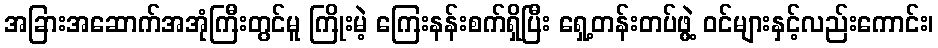
အခြားအဆောက်အအုံကြီးတွင်မူ ကြိုးမဲ့ ကြေးနန်းစက်ရှိပြီး ရှေ့တန်းတပ်ဖွဲ့ ဝင်များနှင့်လည်းကောင်း၊